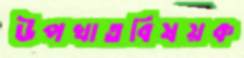
উপখাতবিষয়ক